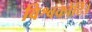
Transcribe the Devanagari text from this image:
विश्वकोटि।